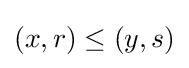
(x,r)\leq (y,s)